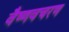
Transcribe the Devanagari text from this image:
वैष्णवचरण